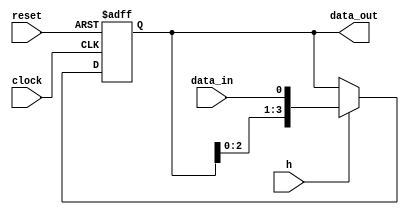
module register_serial_parallel_left (data_in,data_out,clock,reset,h);
input data_in,clock,reset,h;
output [3:0] data_out;

reg [3:0] data_reg;
assign data_out = data_reg;
always @(negedge reset or posedge clock)
if (reset == 1'b0)
data_reg <= 4'b0;
else if (h)
data_reg <= {data_reg[2:0],data_in}; //corrimiento de bits
else
data_reg <= data_reg;
endmodule